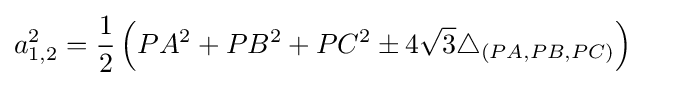
{\begin{aligned}a_{1,2}^{2}&={\frac {1}{2}}\left(PA^{2}+PB^{2}+PC^{2}\pm 4{\sqrt {3}}\triangle _{(PA,PB,PC)}\right)\end{aligned}}